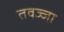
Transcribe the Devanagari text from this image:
तवज्जा